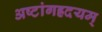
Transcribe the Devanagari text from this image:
अष्टांगह्रदयम्